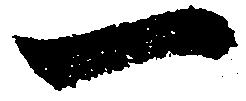
一